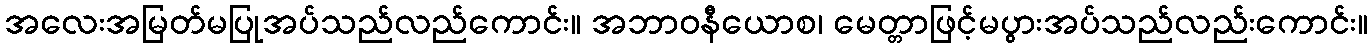
အလေးအမြတ်မပြုအပ်သည်လည်ကောင်း။ အဘာဝနီယောစ၊ မေတ္တာဖြင့်မပွားအပ်သည်လည်းကောင်း။